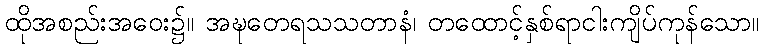
ထိုအစည်းအဝေး၌။ အဍ္ဎတေရသသတာနံ၊ တထောင့်နှစ်ရာငါးကျိပ်ကုန်သော။